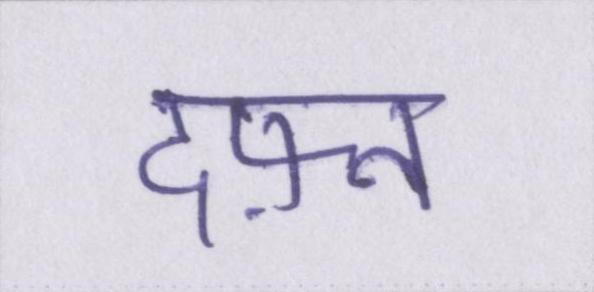
दफ़्न